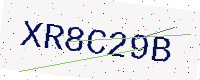
Text: XR8C29B